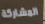
المشاركة